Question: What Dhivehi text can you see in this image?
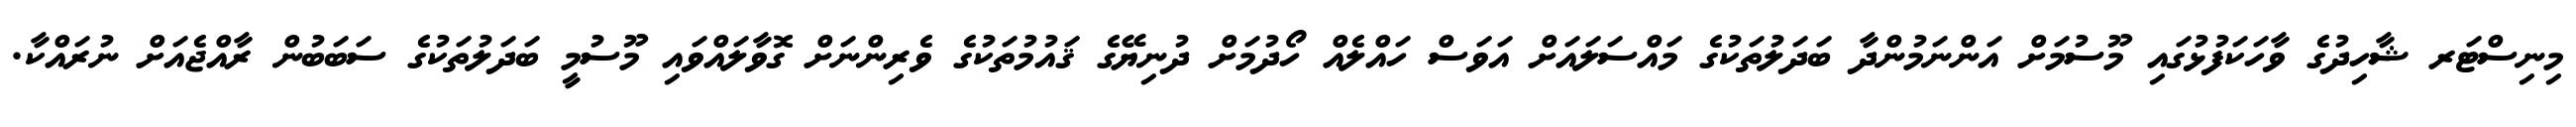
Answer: މިނިސްޓަރ ޝާހިދުގެ ވާހަކަފުޅުގައި މޫސުމަށް އަންނަމުންދާ ބަދަލުތަކުގެ މައްސަލައަށް އަވަސް ހައްލެއް ހޯދުމަށް ދުނިޔޭގެ ޤައުމުތަކުގެ ވެރިންނަށް ގޮވާލައްވައި މޫސުމީ ބަދަލުތަކުގެ ސަބަބުން ރާއްޖެއަށް ނުރައްކާ.